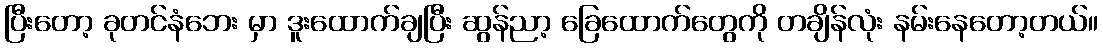
ပြီးတော့ ခုတင်နံဘေး မှာ ဒူးထောက်ချပြီး ဆွန်ညာ့ ခြေထောက်တွေကို တချိန်လုံး နမ်းနေတော့တယ်။